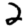
Digit: 2